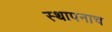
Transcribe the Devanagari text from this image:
स्थापनाच